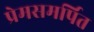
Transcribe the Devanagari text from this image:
प्रेमसमर्पित